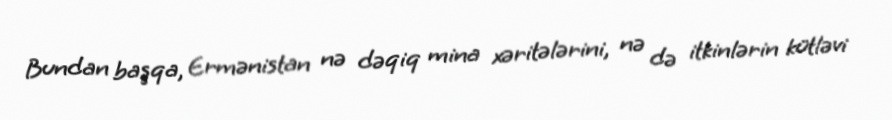
Bundan başqa, Ermənistan nə dəqiq mina xəritələrini, nə də itkinlərin kütləvi